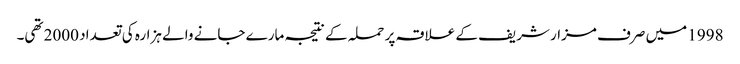
1998 میں صرف مزار شریف کے علاقہ پر حملہ کے نتیجہ مارے جانے والے ہزارہ کی تعداد 2000 تھی۔